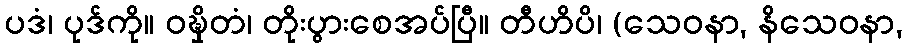
ပဒံ၊ ပုဒ်ကို။ ဝဍ္ဎှိတံ၊ တိုးပွားစေအပ်ပြီ။ တီဟိပိ၊ (သေဝနာ, နိသေဝနာ,